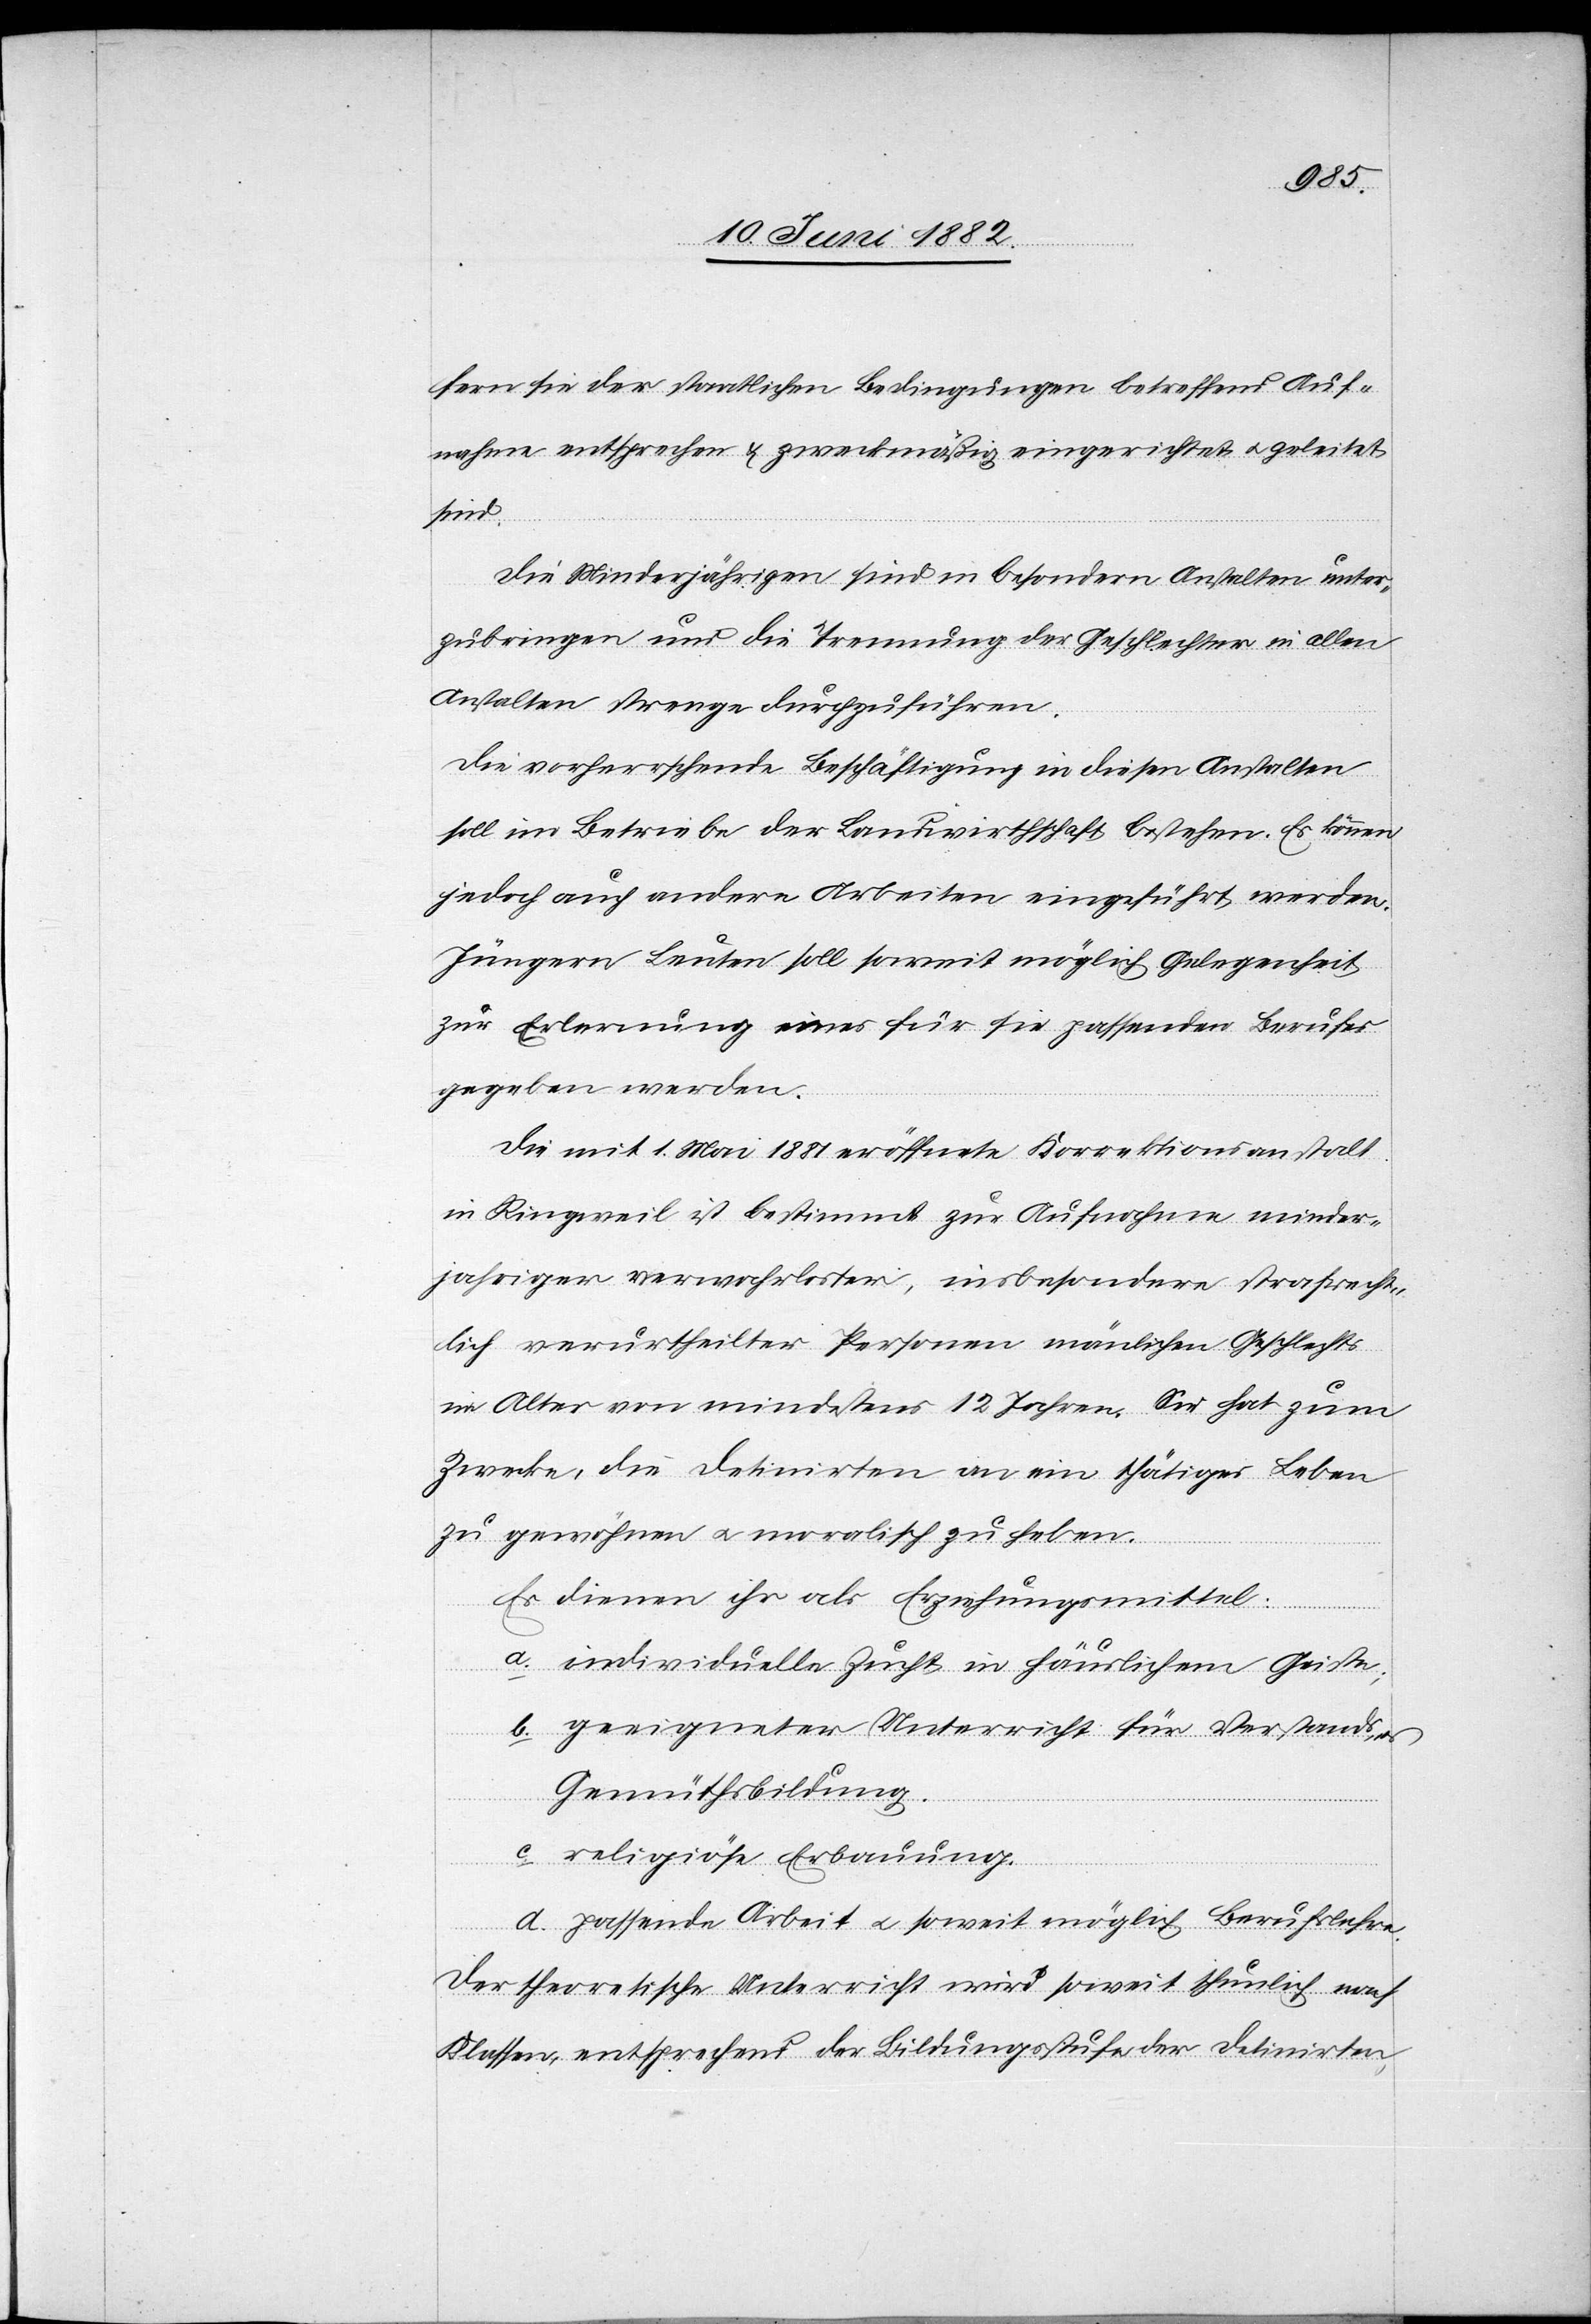
der [recte: den] staatlichen Bedingungen betreffend Auf¬
nahme entsprechen & zweckmäßig eingerichtet u. geleitet
sind.
Die Minderjährigen sind in besondern Anstalten unter¬
zubringen und die Trennung der Geschlechter in allen
Anstalten strenge durchzuführen.
Die vorherrschende Beschäftigung in diesen Anstalten
soll im Betriebe der Landwirthschaft bestehen. Es können
jedoch auch andere Arbeiten eingeführt werden.
Jüngern Leuten soll soweit möglich Gelegenheit
zur Erlernung eines für sie passenden Berufes
gegeben werden.
Die mit 1. Mai 1881 eröffnete Korrektionsanstalt
in Ringweil ist bestimmt zur Aufnahme minder¬
jähriger verwahrloster, insbesondere strafrecht¬
lich verurtheilter Personen männlichen Geschlechts
im Alter von mindestens 12 Jahren, sie hat zum
Zwecke, die Detinirten an ein thätiges Leben
zu gewöhnen u. moralisch zu heben.
Es dienen ihr als Erziehungsmittel:
a. individuelle Zucht in häuslichem Geiste;
b. geeigneter Unterricht für Verständniß u.
Gemüthsbildung.
c. religiöse Erbauung.
d. passende Arbeit u. soweit möglich Berufslehre.
Der theoretische Unterricht wird soweit thunlich nach
Klassen, entsprechend der Bildungsstufe der Detinirten